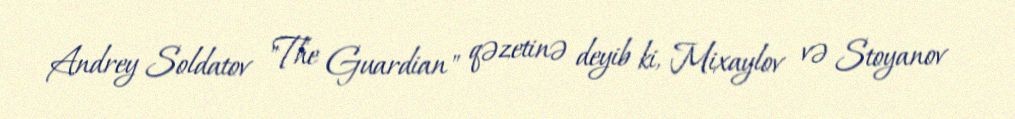
Andrey Soldatov "The Guardian" qəzetinə deyib ki, Mixaylov və Stoyanov